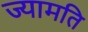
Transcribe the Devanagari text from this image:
ज्यामति